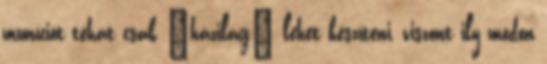
muníciót tehát csak "házilag" lehet készíteni, viszont ily módon